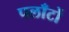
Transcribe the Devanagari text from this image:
पलाँटों